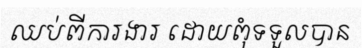
ឈប់ពីការងារ ដោយពុំទទួលបាន